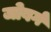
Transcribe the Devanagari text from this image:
जोबर्ग